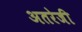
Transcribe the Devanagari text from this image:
अतरेजी